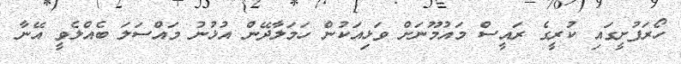
ހޯރަފުށީގައި ކުރީގެ ރައީސް މައުމޫނަށް ވަޅިއަކުން ހަމަލާދޭން އުޅުނު މައްސަލަ ބެއްލެވީ އޭނާ